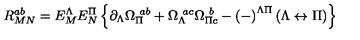
R _ { M N } ^ { a b } = E _ { M } ^ { \Lambda } E _ { N } ^ { \Pi } \left\{ \partial _ { \Lambda } \Omega _ { \Pi } ^ { \ a b } + \Omega _ { \Lambda } ^ { \ a c } \Omega _ { \Pi c } ^ { \ b } - \left( - \right) ^ { \Lambda \Pi } \left( \Lambda \leftrightarrow \Pi \right) \right\}